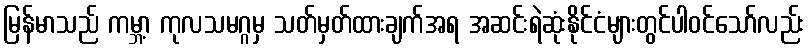
မြန်မာသည် ကမ္ဘာ့ ကုလသမဂ္ဂမှ သတ်မှတ်ထားချက်အရ အဆင်းရဲဆုံးနိုင်ငံများတွင်ပါဝင်သော်လည်း